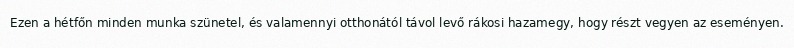
Ezen a hétfőn minden munka szünetel, és valamennyi otthonától távol levő rákosi hazamegy, hogy részt vegyen az eseményen.